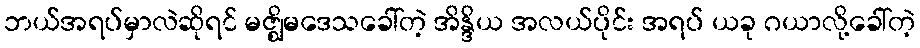
ဘယ်အရပ်မှာလဲဆိုရင် မဇ္ဈိမဒေသခေါ်တဲ့ အိန္ဒိယ အလယ်ပိုင်း အရပ် ယခု ဂယာလို့ခေါ်တဲ့